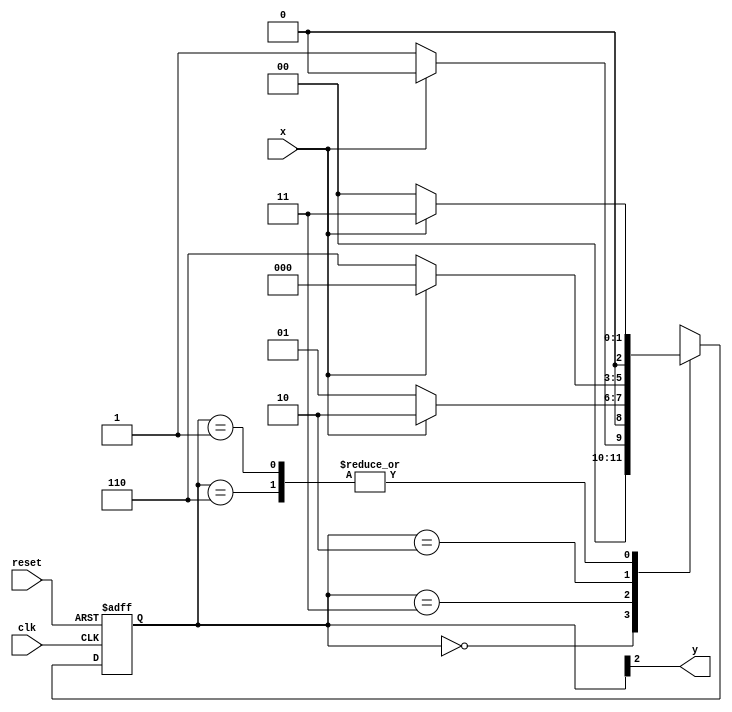
//Rafael Moreira Melo-405834

`define found    1
`define notfound 0

module  Ex02 ( y, x, clk, reset );
 output y;
 input  x;
 input  clk;
 input  reset;

 reg    y;

 parameter
   start  = 3'b000,
   id1    = 3'b001,
   id11   = 3'b011,
   id110  = 3'b010,
   id1101 = 3'b110;

   reg [2:0] E1;
   reg [2:0] E2;

   always @( x or E1 )
    begin
     case( E1 )
      start:
        if ( x )
         E2 = start;
        else
         E2 = id1;
      id1:
        if ( x )
         E2 = id11;
        else
         E2 = start;
      id11:
        if ( x )
         E2 = id110;
        else
         E2 = id1;
      id110:
        if ( x )
         E2 = start;
        else
         E2 = id1101;
      id1101:
        if ( x )
         E2 = id11;
        else
         E2 = start;
     default:
         E2 = 3'bxxx;
     endcase
    end

   always @( posedge clk or negedge reset )
    begin
     if ( reset )
      E1 = E2;
     else
      E1 = 0;
    end

   always @( E1 )
    begin
     y = E1[2];
    end

endmodule

 module teste;
 reg   clk, reset, x;
 wire  e01;

 Ex02 moore1 ( e01, x, clk, reset );

 initial
  begin
		$display("Rafael Moreira Melo");
		$display("\n Tempo\tX   Sequencia a ser encontrada: 010" );

       clk   = 1;
       reset = 0;
       x     = 0;

   #5   reset = 1;
   #10  x = 0;
   #10  x = 1;
   #10  x = 1;
   #10  x = 0;
   #10  x = 0;
   #10  x = 1;
   #10  x = 0;
   #10  x = 1;

   #30 $finish;
 end 
 always
  #5 clk = ~clk;

 always @( posedge clk )
  begin
   $display ( "%4d  %4b  %4b", $time, x, e01 );
  end 

endmodule